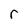
Character: r